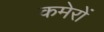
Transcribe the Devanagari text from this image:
कमेरों